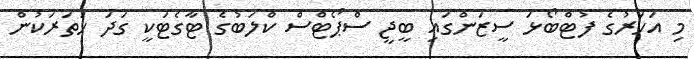
މި އަހަރުގެ ފުޓްބޯޅަ ސީޒަންގައި ބީޖީ ސްޕޯޓްސް ކްލަބުގެ ޓާގެޓަކީ ގަދަ ހަތަރަކުން